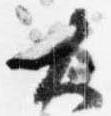
大